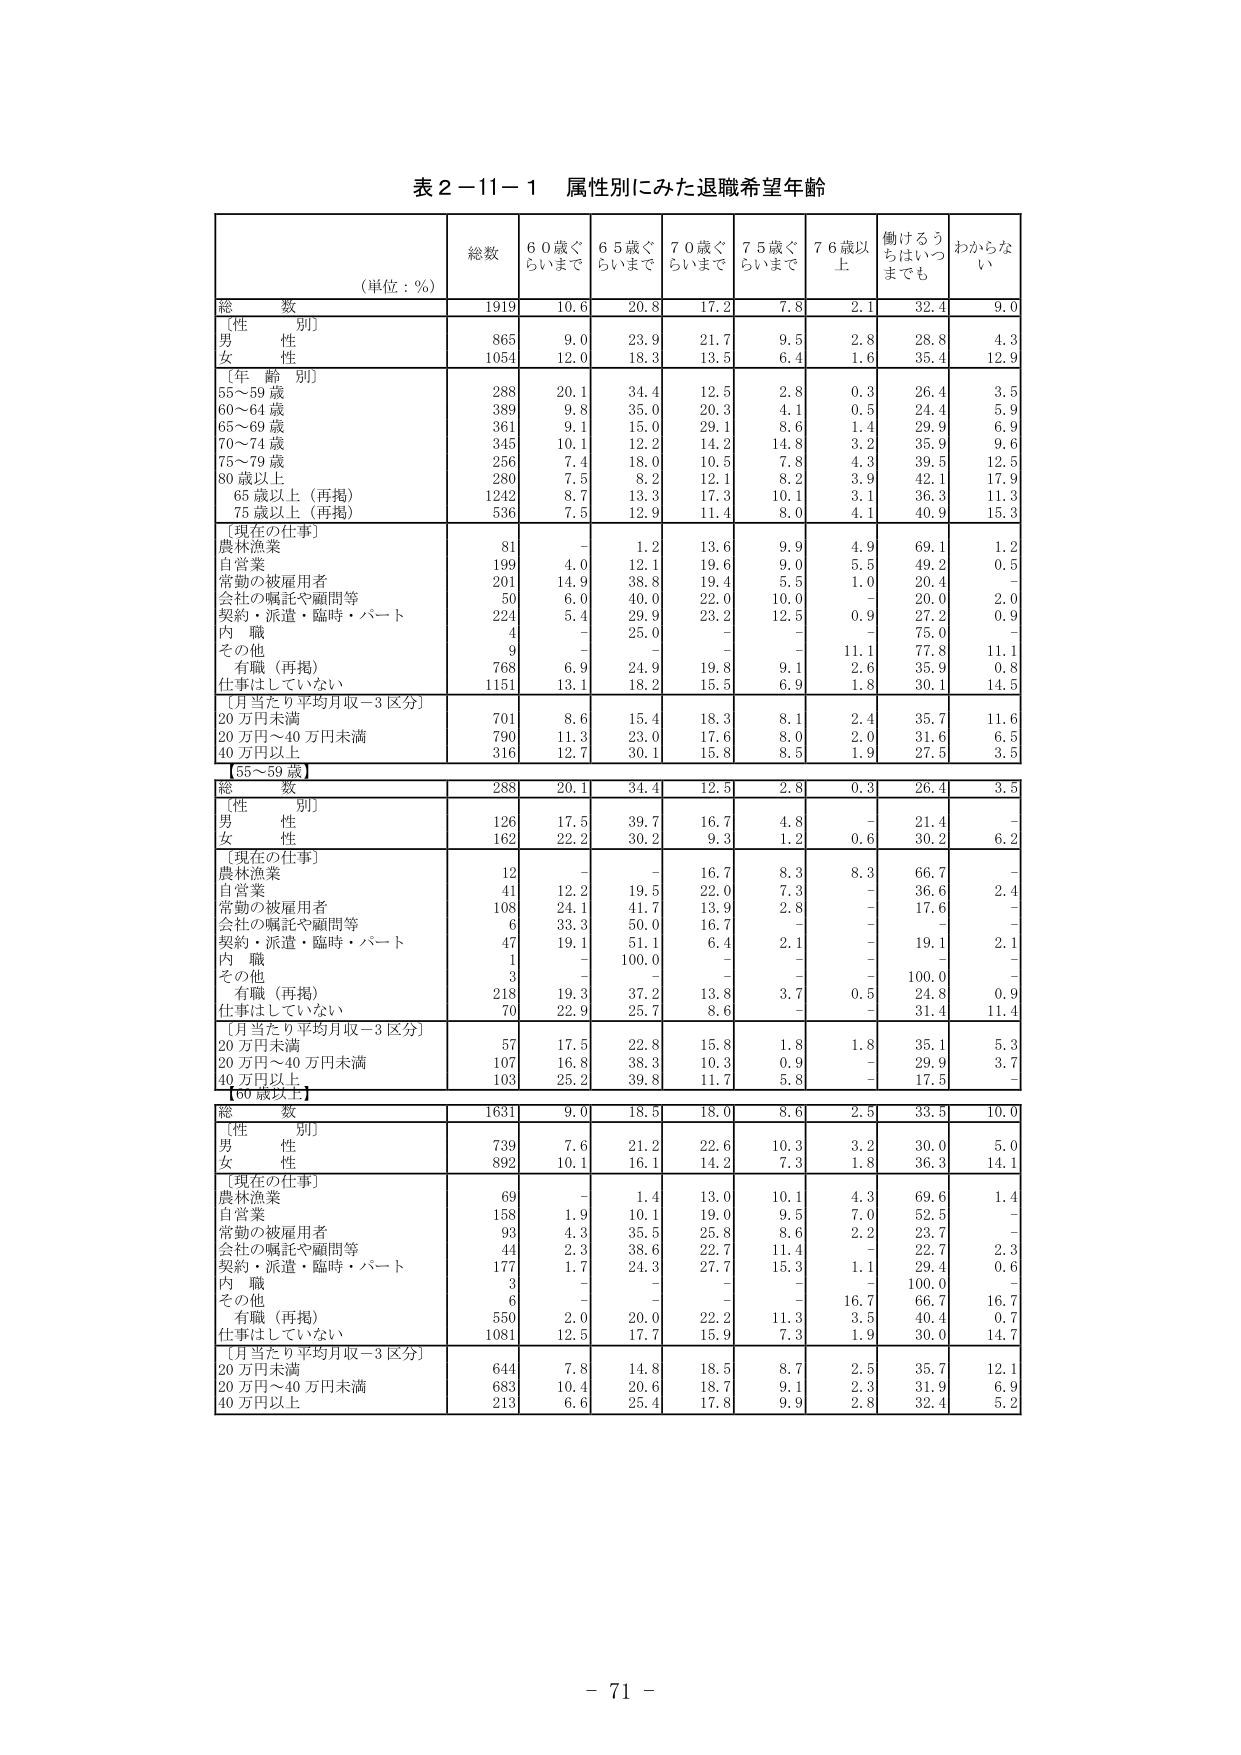
表２－11－１ 属性別にみた退職希望年齢

（単位：％）

総数 1919 10.6 20.8 17.2 7.8 2.1 32.4 9.0

〔性 別〕
男 性 865 9.0 23.9 21.7 9.5 2.8 28.8 4.3
女 性 1054 12.0 18.3 13.5 6.4 1.6 35.4 12.9

〔年 齢 別〕
55～59 歳 288 20.1 34.4 12.5 2.8 0.3 26.4 3.5
60～64 歳 389 9.8 35.0 20.3 4.1 0.5 24.4 5.9
65～69 歳 361 9.1 15.0 29.1 8.6 1.4 29.9 6.9
70～74 歳 345 10.1 12.2 14.2 14.8 3.2 35.9 9.6
75～79 歳 256 7.4 18.0 10.5 7.8 4.3 39.5 12.5
80 歳以上 280 7.5 8.2 12.1 8.2 3.2 42.1 17.9
　65 歳以上（再掲） 1242 8.7 13.3 17.3 10.1 3.1 36.3 11.3
　75 歳以上（再掲） 536 7.5 12.9 11.4 8.0 4.1 40.9 15.3

〔現在の仕事〕
農林漁業 81 - 1.2 13.6 9.9 4.9 69.1 1.2
自営業 199 4.0 12.1 19.6 9.0 5.5 49.2 0.5
常勤の被雇用者 201 14.9 38.8 19.4 5.5 1.0 20.4 -
会社の嘱託や顧問等 50 6.0 40.0 22.0 10.0 - 20.0 2.0
契約・派遣・臨時・パート 224 5.4 29.9 23.2 12.5 0.9 27.2 0.9
内 職 4 - 25.0 - - - 75.0 -
その他 9 - - - - 11.1 77.8 11.1
　有職（再掲） 768 6.9 24.9 19.8 9.1 2.6 35.9 0.8
仕事はしていない 1151 13.1 18.2 15.5 6.9 1.8 30.1 14.5

〔月当たり平均月収－3 区分〕
20 万円未満 701 8.6 15.4 18.3 8.1 2.4 35.7 11.6
20 万円～40 万円未満 790 11.3 23.0 17.6 8.0 2.0 31.6 6.5
40 万円以上 316 12.7 30.1 15.8 8.5 1.9 27.5 3.5

【55～59 歳】

総 数 288 20.1 34.4 12.5 2.8 0.3 26.4 3.5

〔性 別〕
男 性 126 17.5 39.7 16.7 4.8 - 21.4 -
女 性 162 22.2 30.2 9.3 1.2 0.6 30.2 6.2

〔現在の仕事〕
農林漁業 12 - - 16.7 8.3 8.3 66.7 -
自営業 41 12.2 19.5 22.0 7.3 - 36.6 2.4
常勤の被雇用者 108 24.1 41.7 13.9 2.8 - 17.6 -
会社の嘱託や顧問等 6 33.3 50.0 16.7 - - - -
契約・派遣・臨時・パート 47 19.1 51.1 6.4 2.1 - 19.1 2.1
内 職 1 - 100.0 - - - - -
その他 3 - - - - - 100.0 -
　有職（再掲） 218 19.3 37.2 13.8 3.7 0.5 24.8 0.9
仕事はしていない 70 22.9 25.7 8.6 - - 31.4 11.4

〔月当たり平均月収－3 区分〕
20 万円未満 57 17.5 22.8 15.8 1.8 1.8 35.1 5.3
20 万円～40 万円未満 107 16.8 38.3 10.3 0.9 - 29.9 3.7
40 万円以上 103 25.2 39.8 11.7 5.8 - 17.5 -

【60 歳以上】

総 数 1631 9.0 18.5 18.0 8.6 2.5 33.5 10.0

〔性 別〕
男 性 739 7.6 21.2 22.6 10.3 3.2 30.0 5.0
女 性 892 10.1 16.1 14.2 7.3 1.8 36.3 14.1

〔現在の仕事〕
農林漁業 69 - 1.4 13.0 10.1 4.3 69.6 1.4
自営業 158 1.9 10.1 19.0 9.5 7.0 52.5 -
常勤の被雇用者 93 4.3 35.5 25.8 8.6 2.2 23.7 -
会社の嘱託や顧問等 44 2.3 38.6 22.7 11.4 - 22.7 2.3
契約・派遣・臨時・パート 177 1.7 24.3 27.7 15.3 1.1 29.4 0.6
内 職 3 - - - - - 100.0 -
その他 6 - - - - 16.7 66.7 16.7
　有職（再掲） 550 2.0 20.0 22.2 11.3 3.5 40.4 0.7
仕事はしていない 1081 12.5 17.7 15.9 7.3 1.9 30.0 14.7

〔月当たり平均月収－3 区分〕
20 万円未満 644 7.8 14.8 18.5 8.7 2.5 35.7 12.1
20 万円～40 万円未満 683 10.4 20.6 18.7 9.1 2.3 31.9 6.9
40 万円以上 213 6.6 25.4 17.8 9.9 2.8 32.4 5.2

- 71 -